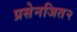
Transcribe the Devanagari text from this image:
प्रसेनजित२